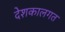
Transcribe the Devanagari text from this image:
देशकालगत